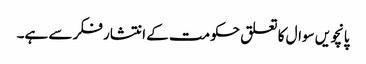
پانچویں سوال کا تعلق حکومت کے انتشار فکر سے ہے۔